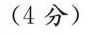
(4分)